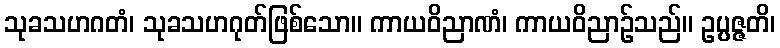
သုခသဟဂတံ၊ သုခသဟဂုတ်ဖြစ်သော။ ကာယဝိညာဏံ၊ ကာယဝိညာဉ်သည်။ ဥပ္ပဇ္ဇတိ၊